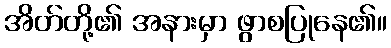
အိတ်တို့၏ အနားမှာ ဖွာစပြုနေ၏။